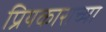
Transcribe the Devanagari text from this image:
प्रियकाराच्या